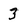
Character: 3